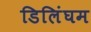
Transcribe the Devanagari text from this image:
डिलिंघम